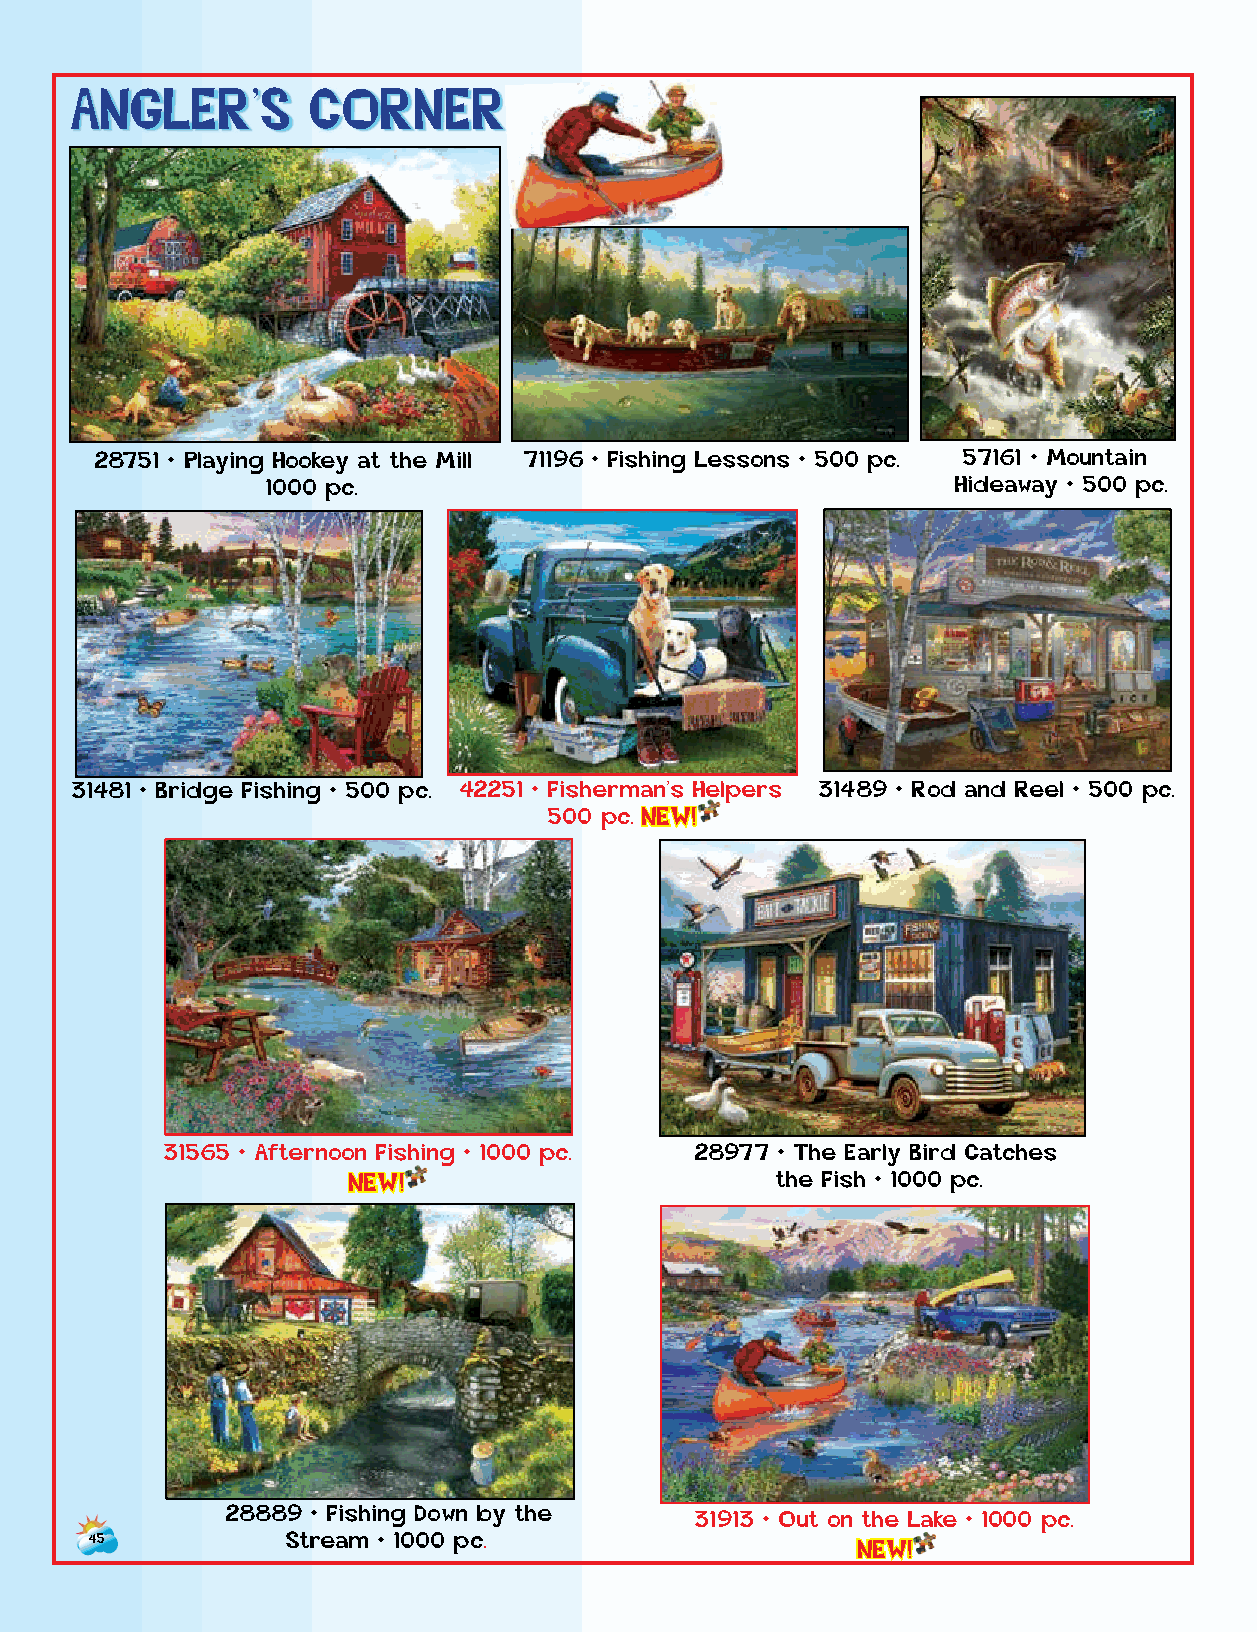
ANGLER’S        CORNER
 28751 • Playing Hookey at the Mill 71196 • Fishing Lessons • 500 pc. 57161 • Mountain
 1000 pc.                                     Hideaway • 500 pc.
 31481 • Bridge Fishing • 500 pc. 42251 • Fisherman’s Helpers 31489 • Rod and Reel • 500 pc.
 500 p c . NEW!
 31565 • Afternoon Fishing • 1000 pc. 28977 • The Early Bird Catches
 NEW!                        the Fish • 1000 pc.
 28889 • Fishing Down by the    31913 • Out on the Lake • 1000 pc.
 45           Stream • 1000 pc.
 NEW!